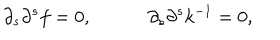
LaTeX: \partial _ { s } \partial ^ { s } f = 0 , \partial _ { s } \partial ^ { s } k ^ { - 1 } = 0 ,